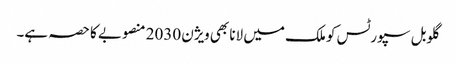
گلوبل سپورٹس کو ملک میں لانا بھی ویژن 2030 منصوبے کا حصہ ہے۔